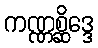
ကဏ္ဏစ္ဆိဒ္ဒေ